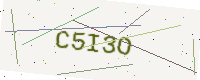
Text: C5I3O